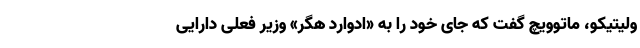
ولیتیکو، ماتوویچ گفت که جای خود را به «ادوارد هگر» وزیر فعلی دارایی